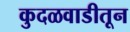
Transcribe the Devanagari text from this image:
कुदळवाडीतून